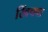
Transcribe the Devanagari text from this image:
खिंचवा